Burma Government Medical School reports 1907-22
Year: 1907
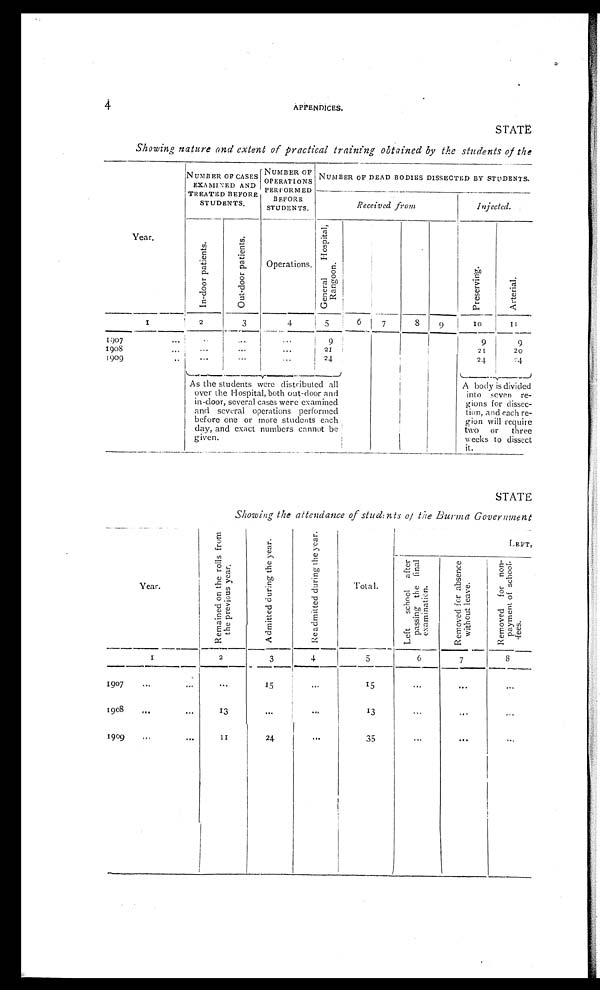
4
APPENDICES.
STATE
Showing nature and extent of practical training obtained by the students of the
Year.
NUMBER OF CASES
EXAMINED AND
TREATED BEFORE
STUDENTS.
NUMBER OF
OPERATIONS
P E R F O R M E D
BEFORE
STUDENTS.
NUMBER OF DEAD BODIES DISSECTED BY STUDENTS.
Received from
Injected.
I n - d o o r p a t i e n t s .
O u t - d o o r p a t i e n t s .
O p e r a t i o n s .
G e n e r a l H o s p i t a l , R a n g o o n .
P r e s e r v i n g .
A r t e r i a l .
1
2
3
4
5
6
7
8
9
1 0
1 1
1907
...
1908
...
1909
... ...
...
...
... ...
...
...
...
...
9
21
24
9
21
24
9
2 0
2 4
As the students were distributed all
over the Hospital, both out-door and
in-door, several cases were examined
and several operations performed
before one or more students each
day, and exact numbers cannot be
given.
A body is divided
into seven re-
gions for dissec-
tion, and each re-
gion will require
two
or
three
weeks to dissect
It.
STATE
Showing the attendance of students of the Burma Government
Year.
R e m a i n e d o n t h e r o l l s f r o m t h e p r e v i o u s y e a r .
A d m i t t e d d u r i n g t h e y e a r .
R e a d m i t t e d d u r i n g t h e y e a r .
Total.
L E F T ,
L e f t s c h o o l a f t e r p a s s i n g t h e f i n a l e x a m i n a t i o n .
R e m o v e d f o r a b s e n c e w i t h o u t l e a v e .
R e m o v e d f o r n o n - p a y m e n t o f s c h o o l f e e s .
1
2
3
4
5
6
7
8
1907
... ... ...
15
...
1 5
... ... ...
1908
...
...
13
... ...
13
... ...
...
1909
...
...
1 1
24
...
35
... ... ...